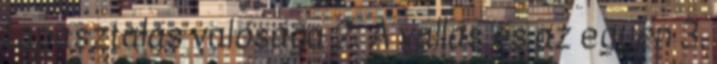
tapasztalás valósága 2. A vallás és az egyén 3.